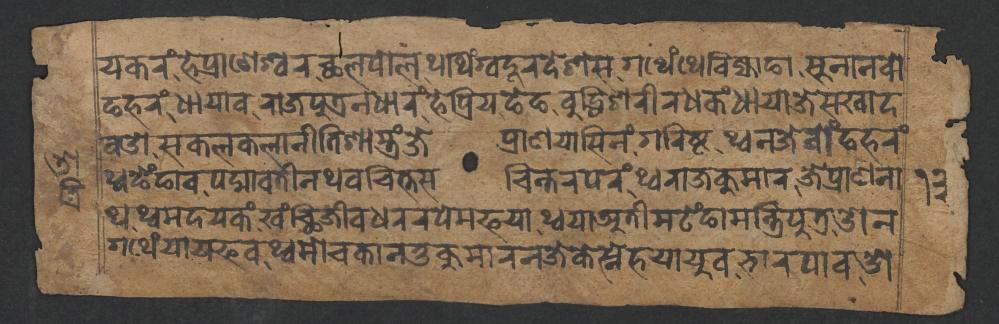
𑐫𑐎𑐬𑑄𑐴𑐾𑐥𑑂𑐬𑐵𑐞𑐾𑐱𑑂𑐰𑐬𑐕𑐮𑐥𑑀𑐮𑐠𑐠𑐶𑑄𑐐𑑂𑐰𑐡𑐹𑐬𑐡𑐾𑐱𑐳𑐐𑐠𑐾𑑄𑐠𑐾𑐧𑐶𑐖𑑂𑐫𑐵𑐒𑐵𑐳𑐸𑐣𑐵𑐣𑐧𑑀 𑐒𑐴𑐬𑑄𑐢𑐵𑐫𑐵𑐰𑐬𑐵𑐖𑐥𑐸𑐟𑑂𑐬𑐣𑐢𑐵𑐬𑑄𑐴𑐾𑐥𑑂𑐬𑐶𑐫𑐒𑐾𑐒𑐧𑐸𑐡𑑂𑐢𑐶𑐱𑐬𑐷𑐬𑐢𑐎𑑄𑐢𑐵𑐫𑐵𑐖𑐾𑐳𑐏𑐵𑐡 𑐰𑐌𑐳𑐎𑐮𑐎𑐮𑐵𑐣𑐷𑐟𑐶𑐱𑐵𑐳𑑂𑐟𑑂𑐬𑑄𑐖𑐾𑐥𑑂𑐬𑐵𑐞𑐫𑐵𑐳𑐶𑐣𑑄𑐐𑐬𑐶𑐲𑑂𑐚𑐠𑑂𑐰𑐣𑐖𑐾𑐧𑑀𑑄𑐒𑐴𑐬𑑄 𑐠𑑂𑐰𑐒𑐾𑑄𑐒𑐵𑐰𑐀𑐡𑑂𑐩𑐵𑐰𑐟𑐷𑐣𑐠𑐰𑐔𑐶𑐟𑑂𑐟𑐳𑐔𑐶𑐣𑑂𑐟𑐬𑐥𑐬𑑄𑐠𑑂𑐰𑐬𑐵𑐖𑐎𑐸𑐩𑐵𑐬𑐖𑐾𑐥𑑂𑐬𑐵𑐞𑐣𑐵 𑐠𑐠𑑂𑐰𑐩𑐡𑐫𑐎𑑄𑐏𑑄𑐕𑐶𑐖𑐷𑐰𑐢𑐬𑐬𑐥𑐾𑐩𑐦𑐫𑐵𑐠𑑂𑐰𑐫𑐵𑐀𑐟𑐷𑐩𑐚𑐾𑑄𑐒𑐵𑐩𑐣𑑂𑐟𑑂𑐬𑐶𑐥𑐸𑐟𑑂𑐬𑐌𑐣 𑐐𑐠𑐾𑑄𑐫𑐵𑐫𑐦𑐰𑐠𑑂𑐰𑐩𑑀𑐔𑐎𑐵𑐣𑐟𑐸𑐎𑐸𑐩𑐵𑐬𑐣𑐖𑐾𑐎𑐾𑐳𑑂𑐣𑐾𑐴𑐫𑐵𑐫𑐸𑐰𑐨𑐵𑐬𑐥𑐵𑐰𑐌